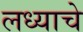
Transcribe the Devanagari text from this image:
लध्याचे